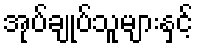
အုပ်ချုပ်သူများနှင့်